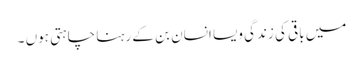
میں باقی کی زندگی ویسا انسان بن کے رہنا چاہتی ہوں ۔